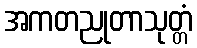
အကတညုတာသုတ္တံ